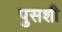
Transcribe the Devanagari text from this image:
पुसशी